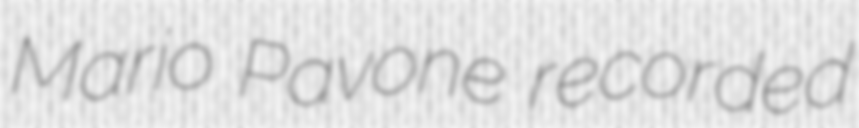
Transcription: Mario Pavone recorded